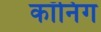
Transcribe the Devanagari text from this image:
कॉनिंग